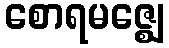
စောရမဇ္ဈေ